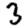
Digit: 3